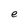
Character: e